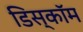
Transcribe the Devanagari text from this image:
डिस्कॉम